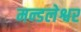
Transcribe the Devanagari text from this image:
मन्डलेश्वर